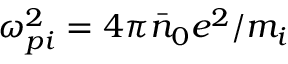
\omega _ { p i } ^ { 2 } = 4 \pi \bar { n } _ { 0 } e ^ { 2 } / m _ { i }